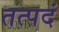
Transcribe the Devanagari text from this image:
तत्पदं